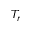
T _ { r }